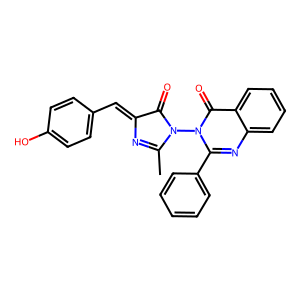
SMILES: CC1=NC(=Cc2ccc(O)cc2)C(=O)N1n1c(-c2ccccc2)nc2ccccc2c1=O
Inhibits HIV replication: No